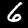
Digit: 6